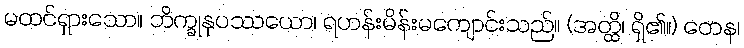
မထင်ရှားသော။ ဘိက္ခုနုပဿယော၊ ရဟန်းမိန်းမကျောင်းသည်။ (အတ္ထိ၊ ရှိ၏။) တေန၊